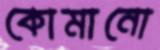
কোমানো